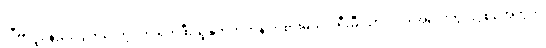
လီဗာပူး နည်းပြ ကလော့ပ်က ရှက်ဖီးယူနိုက်တက်နဲ့ ကစားမယ့် ပရီးမီးယားလိဂ် အဝေးကွင်းပွဲစဉ်အတွက်